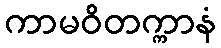
ကာမဝိတက္ကာနံ